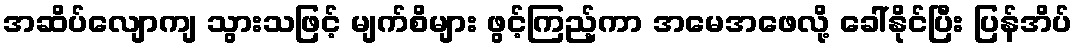
အဆိပ်လျောကျ သွားသဖြင့် မျက်စိများ ဖွင့်ကြည့်ကာ အမေအဖေလို့ ခေါ်နိုင်ပြီး ပြန်အိပ်